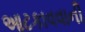
આટકાવવાની